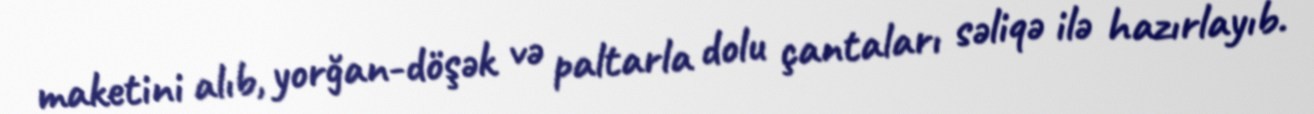
maketini alıb, yorğan-döşək və paltarla dolu çantaları səliqə ilə hazırlayıb.